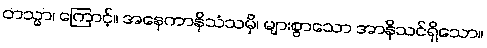
တသ္မာ၊ ကြောင့်။ အနေကာနိသံသမှိ၊ များစွာသော အာနိသင်ရှိသော။